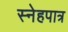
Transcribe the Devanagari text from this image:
स्नेहपात्र